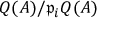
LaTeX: Q ( A ) / { \mathfrak { p } } _ { i } Q ( A )